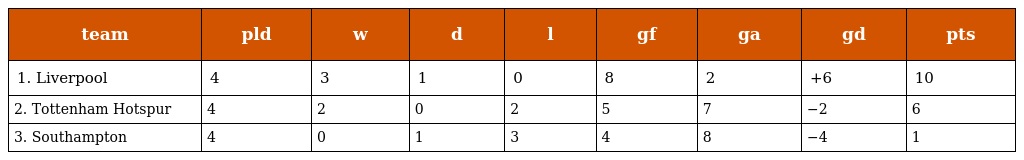
| team | pld | w | d | l | gf | ga | gd | pts |
 | --- | --- | --- | --- | --- | --- | --- | --- | --- |
 | 1. Liverpool | 4 | 3 | 1 | 0 | 8 | 2 | +6 | 10 |
 | 2. Tottenham Hotspur | 4 | 2 | 0 | 2 | 5 | 7 | −2 | 6 |
 | 3. Southampton | 4 | 0 | 1 | 3 | 4 | 8 | −4 | 1 |